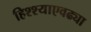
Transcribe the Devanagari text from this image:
हिश्श्याएवढ्या